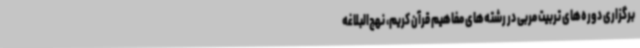
برگزاری دوره‌های تربیت مربی در رشته‌های مفاهیم قرآن کریم، نهج‌البلاغه